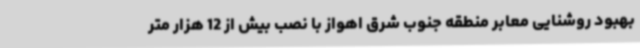
بهبود روشنایی معابر منطقه جنوب شرق اهواز با نصب بیش از 12 هزار متر